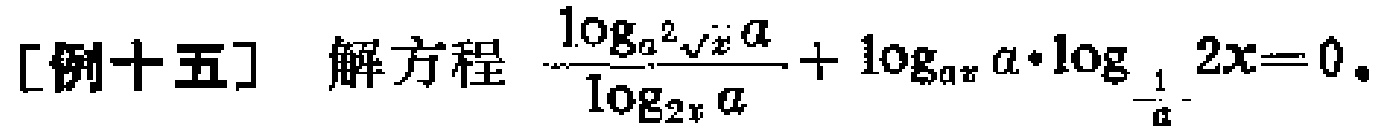
[例十五] 解方程 $\frac{\log_{a^{2}\sqrt{x}}a}{\log_{2x}a}+\log_{ax}a\cdot\log_{\frac{1}{a}}2x = 0$。